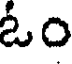
ఓం